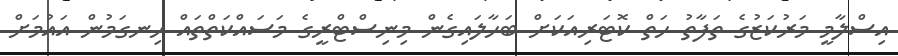
އިސްލާމީ މަރުކަޒުގެ ތަފާތު ހަތް ކޮޓަރިއަކަށް ބަހާލައިގެން މިނިސްޓްރީގެ މަސައްކަތްތައް ހިނގަމުން އައުމަށް